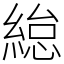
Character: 緿